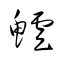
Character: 鱸